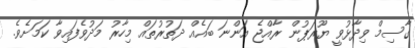
ގާސިމް ވިދާޅުވީ ޔޫރަޕުން ރާއްޖެ އަންނަ ބައެއް ދަތުރުތައް މިހާރު މަދުވެފައިވާ ކަމަށެވެ.